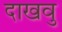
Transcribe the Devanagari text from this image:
दाखवु